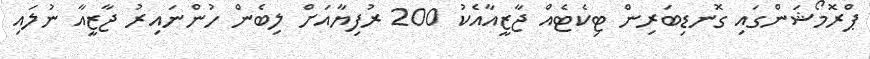
ޕްރޮމޯޝަންގައި ގޮނޑިބަރިން ޓިކެޓެއް ޖާޒީއާއެކު 200 ރުފިޔާއަށް ލިބެން ހުންނައިރު ޖާޒީއާ ނުލައި